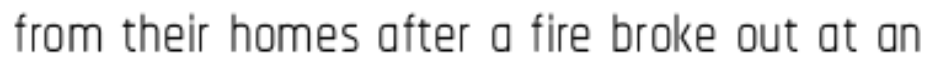
from their homes after a fire broke out at an